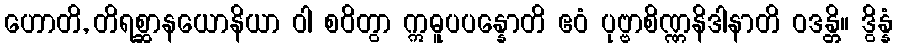
ဟောတိ, တိရစ္ဆာနယောနိယာ ဝါ စဝိတွာ ဣဓူပပန္နောတိ ဧဝံ ပုဗ္ဗာစိဏ္ဏနိဒါနာတိ ဝဒန္တိ။ ဒွိန္နံ